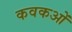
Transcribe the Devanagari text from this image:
कवकओं